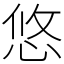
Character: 悠